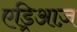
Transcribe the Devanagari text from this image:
एड्रिआज़